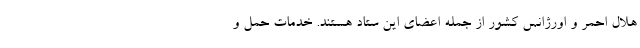
هلال احمر و اورژانس کشور از جمله اعضای این ستاد هستند. خدمات حمل و